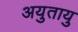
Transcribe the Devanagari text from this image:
अयुतायु